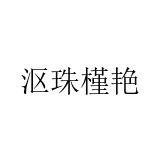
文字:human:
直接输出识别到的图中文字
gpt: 沤珠槿艳